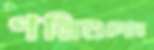
পল্লিগুলোর